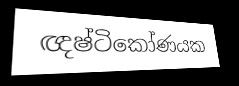
ඥෂ්ටිකෝණයක